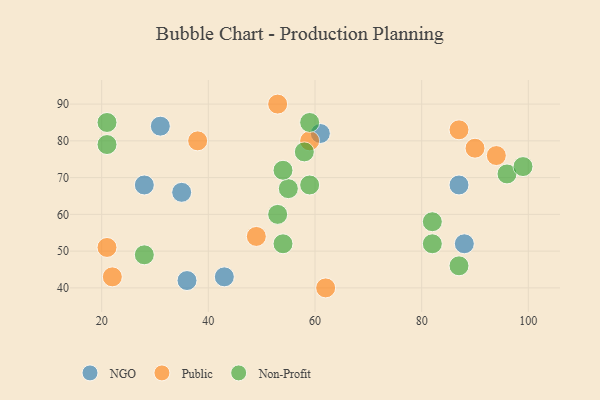
{"axis": {"x": "GDP", "y": "Life Expectancy"}, "legend": ["NGO", "Non-Profit", "Public"], "data": [{"x": "36", "y": 42, "type": "NGO"}, {"x": "31", "y": 84, "type": "NGO"}, {"x": "43", "y": 43, "type": "NGO"}, {"x": "88", "y": 52, "type": "NGO"}, {"x": "87", "y": 68, "type": "NGO"}, {"x": "35", "y": 66, "type": "NGO"}, {"x": "28", "y": 68, "type": "NGO"}, {"x": "61", "y": 82, "type": "NGO"}, {"x": "62", "y": 40, "type": "Public"}, {"x": "94", "y": 76, "type": "Public"}, {"x": "90", "y": 78, "type": "Public"}, {"x": "87", "y": 83, "type": "Public"}, {"x": "21", "y": 51, "type": "Public"}, {"x": "38", "y": 80, "type": "Public"}, {"x": "53", "y": 90, "type": "Public"}, {"x": "49", "y": 54, "type": "Public"}, {"x": "59", "y": 80, "type": "Public"}, {"x": "22", "y": 43, "type": "Public"}, {"x": "28", "y": 49, "type": "Non-Profit"}, {"x": "59", "y": 85, "type": "Non-Profit"}, {"x": "54", "y": 52, "type": "Non-Profit"}, {"x": "58", "y": 77, "type": "Non-Profit"}, {"x": "96", "y": 71, "type": "Non-Profit"}, {"x": "82", "y": 58, "type": "Non-Profit"}, {"x": "99", "y": 73, "type": "Non-Profit"}, {"x": "55", "y": 67, "type": "Non-Profit"}, {"x": "87", "y": 46, "type": "Non-Profit"}, {"x": "82", "y": 52, "type": "Non-Profit"}, {"x": "59", "y": 68, "type": "Non-Profit"}, {"x": "54", "y": 72, "type": "Non-Profit"}, {"x": "21", "y": 79, "type": "Non-Profit"}, {"x": "53", "y": 60, "type": "Non-Profit"}, {"x": "21", "y": 85, "type": "Non-Profit"}]}